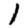
Digit: 1